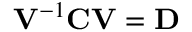
\mathbf { V } ^ { - 1 } \mathbf { C } \mathbf { V } = \mathbf { D }